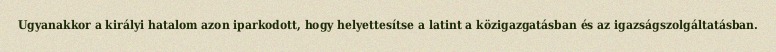
Ugyanakkor a királyi hatalom azon iparkodott, hogy helyettesítse a latint a közigazgatásban és az igazságszolgáltatásban.